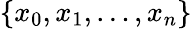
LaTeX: \{ x_{0},x_{1},\ldots,x_{n}\}